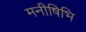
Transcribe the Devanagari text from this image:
मनीषिभि